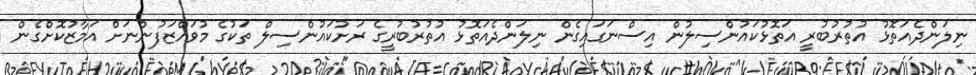
ނިލަންދެއަތޮޅު އުތުރުބުރީ އަތޮޅުކައުންސިލުން އިސްނަގައިގެން ނިލަންދެއަތޮޅު އުތުރުބުރީގެ ރަށުކައުންސިލް ތަކުގެ މުވައްޒަފުންނަށް އަމާޒުކޮށްގެން